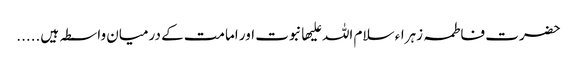
حضرت فاطمہ زہراء سلام اللہ علیھا نبوت اور امامت کے درمیان واسطہ ہیں.....